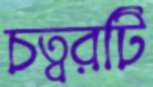
চত্বরটি